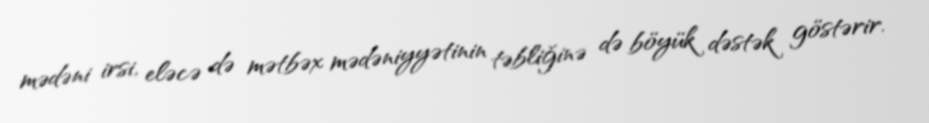
mədəni irsi, eləcə də mətbəx mədəniyyətinin təbliğinə də böyük dəstək göstərir.